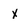
Character: x